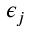
\epsilon _ { j }